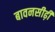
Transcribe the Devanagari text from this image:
बावनसीढ़ी